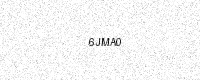
Text: 6JMA0